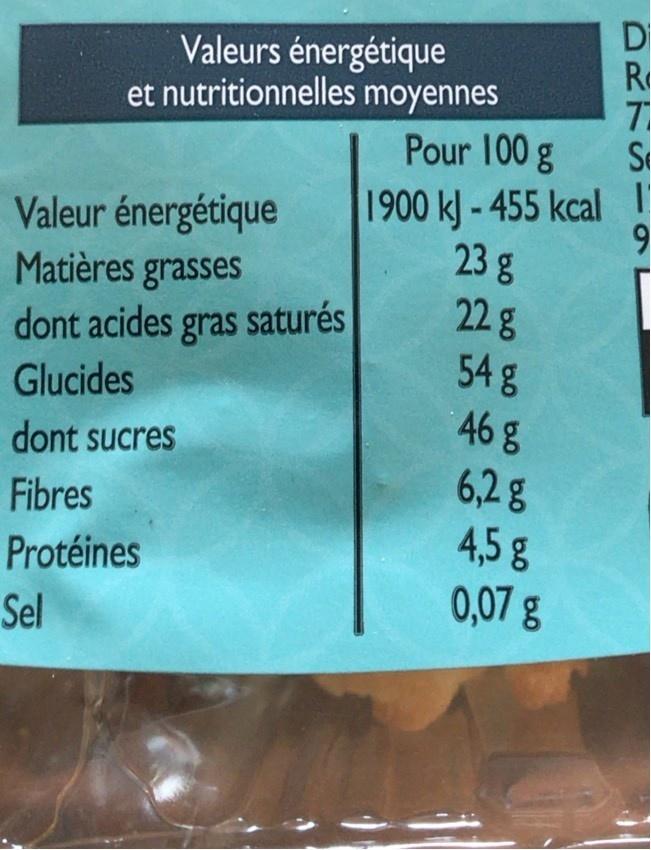
Valeurs énergétique et nutritionnelles moyennes
Di R 7
Pour 100 g
Sc
Valeur énergétique Matières grasses dont acides gras saturés
1900 kJ - 455 kcal! 23 g 22g 54 g 46 g
Glucides
dont sucres
6,2g 4,5 g 0,07 g
Fibres
Protéines
Sel